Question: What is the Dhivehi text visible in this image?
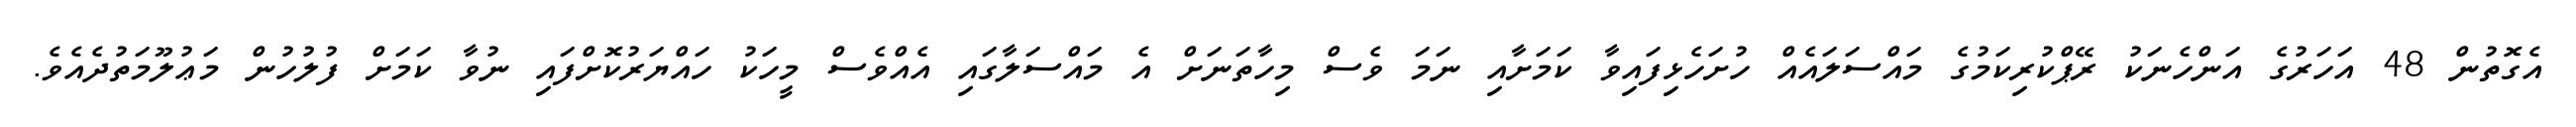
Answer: އެގޮތުން 48 އަހަރުގެ އަންހެނަކު ރޭޕްކުރިކަމުގެ މައްސަލައެއް ހުށަހެޅިފައިވާ ކަމަށާއި ނަމަ ވެސް މިހާތަނަށް އެ މައްސަލާގައި އެއްވެސް މީހަކު ހައްޔަރުކޮށްފައި ނުވާ ކަމަށް ފުލުހުން މަޢުލޫމަތުދެއެވެ.